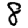
Digit: 8